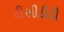
ટીસીડીડી